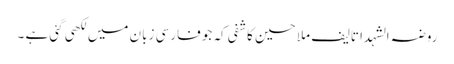
روضہ الشہدا تالیف ملا حسین کاشفی کہ جو فارسی زبان میں لکھی گئی ہے ۔